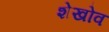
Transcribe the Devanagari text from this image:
शेखोव